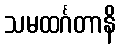
သမထင်္ဂတာနိ